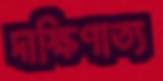
দাক্ষিণাত্য